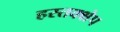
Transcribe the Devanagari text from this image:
हस्तक्क्षेप